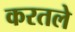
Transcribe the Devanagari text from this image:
करतले